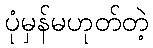
ပုံမှန်မဟုတ်တဲ့